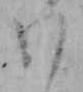
わ